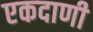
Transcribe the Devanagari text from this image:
एकदाणी